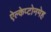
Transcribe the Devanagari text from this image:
ऐल्केप्टोनमेह